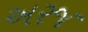
અરજ